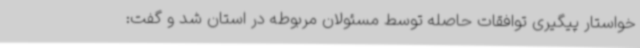
خواستار پیگیری توافقات حاصله توسط مسئولان مربوطه در استان شد و گفت: